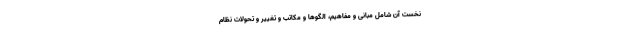
نخست آن شامل مبانی و مفاهیم، الگو‌ها و مکاتب و تغییر و تحولات نظام